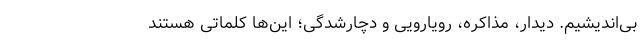
بی‌اندیشیم. دیدار، مذاکره، رویارویی و دچارشدگی؛ این‌ها کلماتی هستند